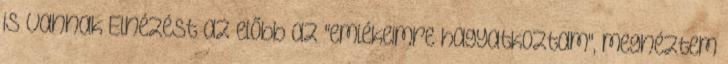
is vannak Elnézést az előbb az "emlékeimre hagyatkoztam", megnéztem